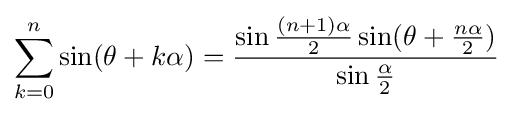
\sum _{k=0}^{n}\sin(\theta +k\alpha )={\frac {\sin {\frac {(n+1)\alpha }{2}}\sin(\theta +{\frac {n\alpha }{2}})}{\sin {\frac {\alpha }{2}}}}